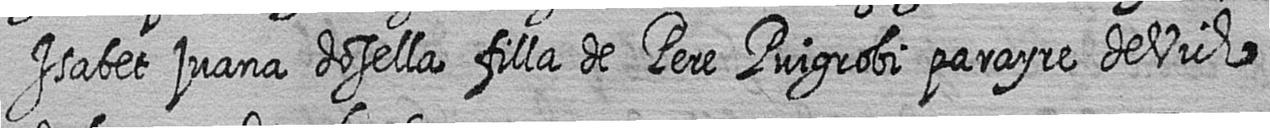
Isabet juana dosella filla de Pere Puigrobi parayre de Vich